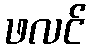
ဖလင်